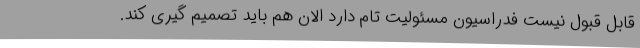
قابل قبول نیست فدراسیون مسئولیت تام دارد الان هم باید تصمیم گیری کند.